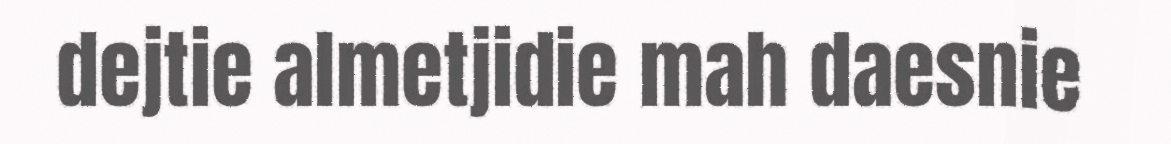
dejtie almetjidie mah daesnie